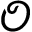
\mathcal { O }